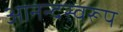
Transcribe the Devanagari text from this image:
आनन्दस्वरूप